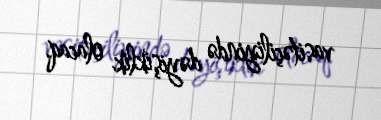
vasitəçiliyində dəyişiklik olacaq.